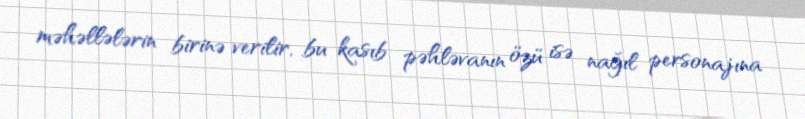
məhəllələrin birinə verilir, bu kasıb pəhləvanın özü isə nağıl personajına